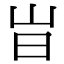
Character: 㞱